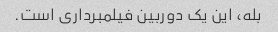
بله، این یک دوربین فیلمبرداری است.